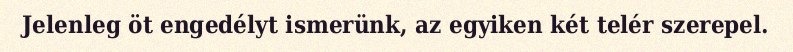
Jelenleg öt engedélyt ismerünk, az egyiken két telér szerepel.